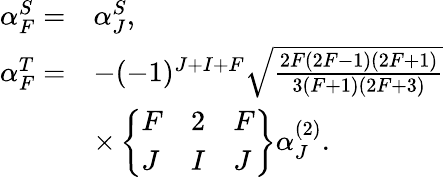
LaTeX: \begin{array}{rl}{\alpha_{F}^{S}=}&{\alpha_{J}^{S},}\\ {\alpha_{F}^{T}=}&{-(-1)^{J+I+F}\sqrt{\frac{2F(2F-1)(2F+1)}{3(F+1)(2F+3)}}}\\ &{\times\left\{ \begin{array}{lll}{F}&{2}&{F}\\ {J}&{I}&{J}\end{array}\right\} \alpha_{J}^{(2)}.}\end{array}